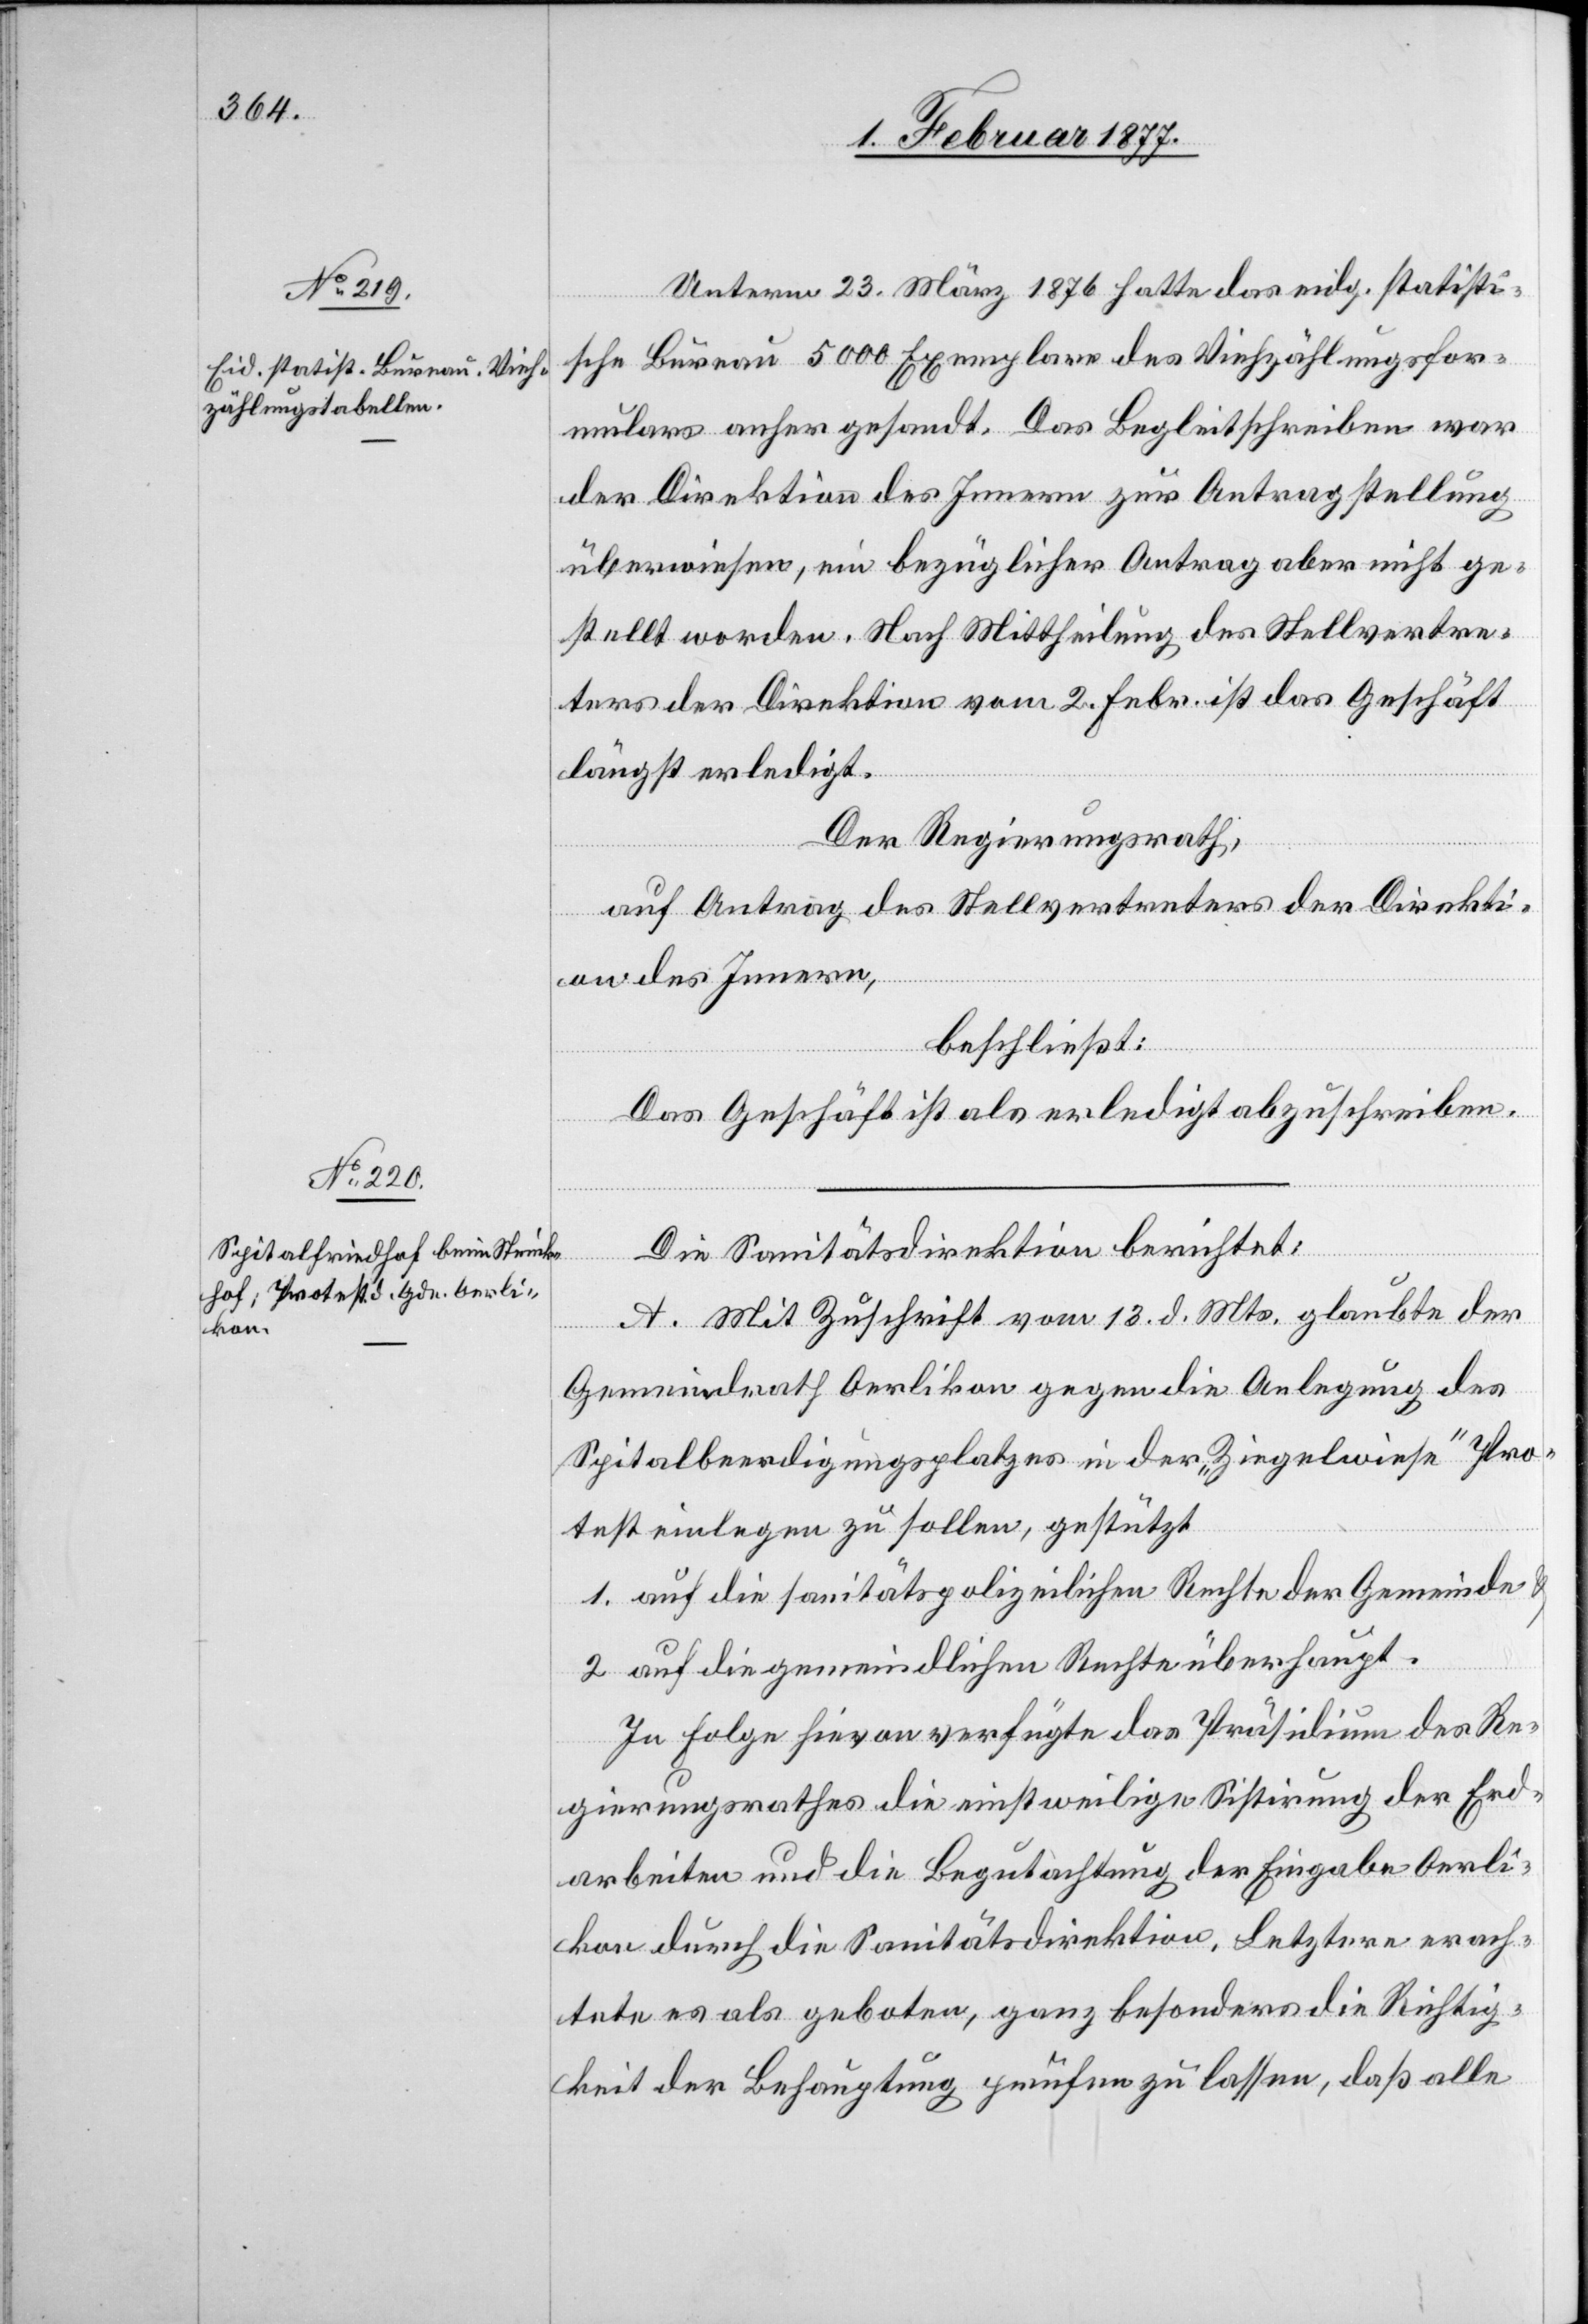
5. Februar 1877.]
Unterm 23. März 1876 hatte das eid. statisti¬
sche Bureau 5000 Exemplare des Viehzählungsfor¬
mulars anher gesandt. Das Begleitschreiben war
der Direktion des Innern zur Antragstellung
überwiesen, ein bezüglicher Antrag aber nicht ge¬
stellt worden. Nach Mittheilung des Stellvertre¬
ters der Direktion vom 2. Febr. ist das Geschäft
längst erledigt.
Der Regierungsrath,
auf Antrag des Stellvertreters der Direkti¬
on des Innern,
beschließt:
Das Geschäft ist als erledigt abzuschreiben.
Die Sanitätsdirektion berichtet:
A. Mit Zuschrift vom 13. d. Mts. glaubte der
Gemeindrath Oerlikon gegen die Anlegung des
Spitalbeerdigungsplatzes in der „Ziegelwiese“ Pro¬
test einlegen zu sollen, gestützt
1. auf die sanitätspolizeilichen Rechte der Gemeinde
2. auf die gemeindlichen Rechte überhaupt.
In Folge hievon verfügte das Präsidium des Re¬
gierungsrathes die einstweilige Sistirung der Erd¬
arbeiten und die Begutachtung der Eingabe Oerli¬
kon durch die Sanitätsdirektion. Letztere erach¬
tete es als geboten, ganz besonders die Richtig¬
keit der Behauptung prüfen zu lassen, daß alle